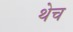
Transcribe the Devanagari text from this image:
थेच